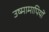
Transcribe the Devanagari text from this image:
उष्मामापियों